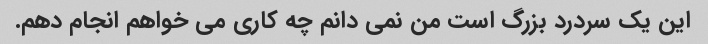
این یک سردرد بزرگ است من نمی دانم چه کاری می خواهم انجام دهم.